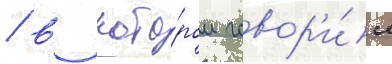
/ в кото́ром говор'и́л